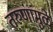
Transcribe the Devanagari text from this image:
तरुणांमुळे